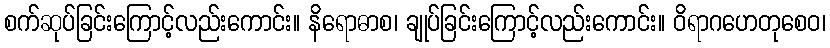
စက်ဆုပ်ခြင်းကြောင့်လည်းကောင်း။ နိရောဓာစ၊ ချုပ်ခြင်းကြောင့်လည်းကောင်း။ ဝိရာဂဟေတုစေဝ၊